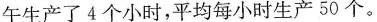
午生产了4个小时，平均每小时生产50个。